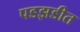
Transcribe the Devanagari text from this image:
पडझडीत